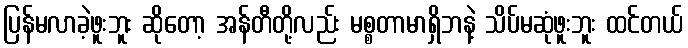
ပြန်မလာခဲ့ဖူးဘူး ဆိုတော့ အန်တီတို့လည်း မစ္စတာမာရှိဘနဲ့ သိပ်မဆုံဖူးဘူး ထင်တယ်